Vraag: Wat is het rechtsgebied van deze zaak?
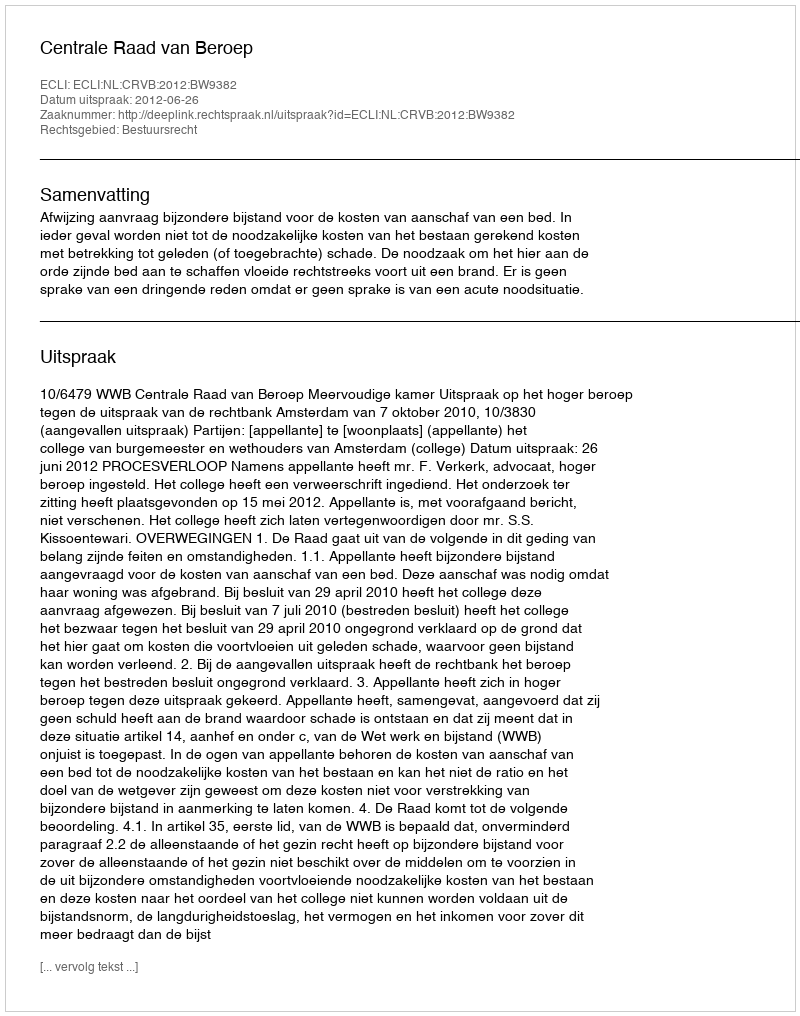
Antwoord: Bestuursrecht